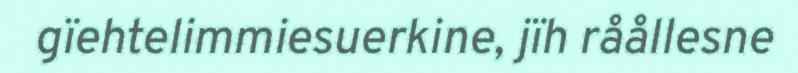
gïehtelimmiesuerkine, jïh råållesne